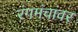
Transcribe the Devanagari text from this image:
रंगमंचांवर